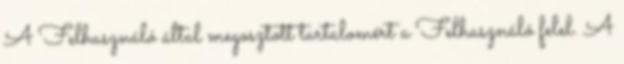
A Felhasználó által megosztott tartalomért a Felhasználó felel. A